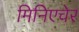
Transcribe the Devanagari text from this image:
मिनिएचेर